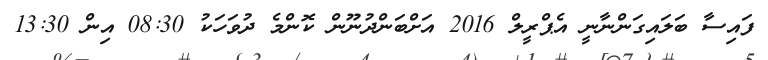
ފައިސާ ބަލައިގަންނާނީ އެޕްރީލް 2016 އަށްބަންދުނޫން ކޮންމެ ދުވަހަކު 08:30 އިން 13:30